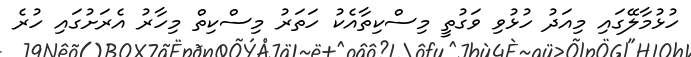
ހުޅުމާލޭގައި މިއަދު ހުޅުވި ވަގުތީ މިސްކިތާއެކު ހަތަރު މިސްކިތް މިހާރު އެރަށުގައި ހުރެ